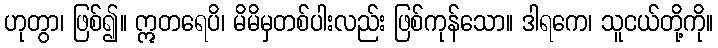
ဟုတွာ၊ ဖြစ်၍။ ဣတရေပိ၊ မိမိမှတစ်ပါးလည်း ဖြစ်ကုန်သော။ ဒါရကေ၊ သူငယ်တို့ကို။